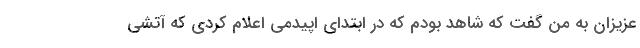
عزیزان به من گفت که شاهد بودم که در ابتدای اپیدمی اعلام کردی که آتشی